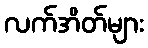
လက်အိတ်များ